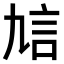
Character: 𧥠